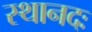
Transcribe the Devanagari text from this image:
स्थानदः